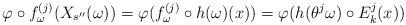
LaTeX: \begin{align*}\varphi \circ f_{\omega} ^{(j)} (X_{s^{\prime \prime}}(\omega)) =\varphi ( f_{\omega} ^{(j)} \circ h(\omega) (x)) =\varphi ( h(\theta ^j \omega) \circ E_k^j (x))\end{align*}